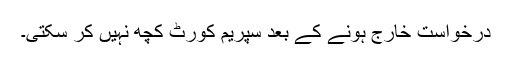
درخواست خارج ہونے کے بعد سپریم کورٹ کچھ نہیں کر سکتی۔